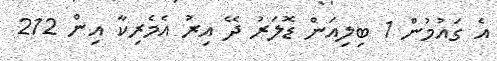
އެ ގައުމުން 1 ބިލިއަން ޑޮލަރު ދޭ އިރު އެމެރިކާ އިން 212